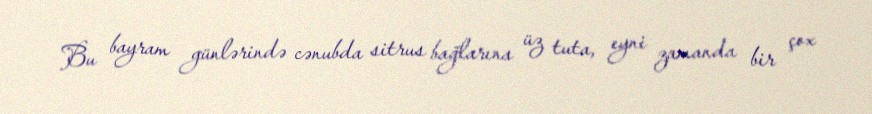
Bu bayram günlərində cənubda sitrus bağlarına üz tuta, eyni zamanda bir çox